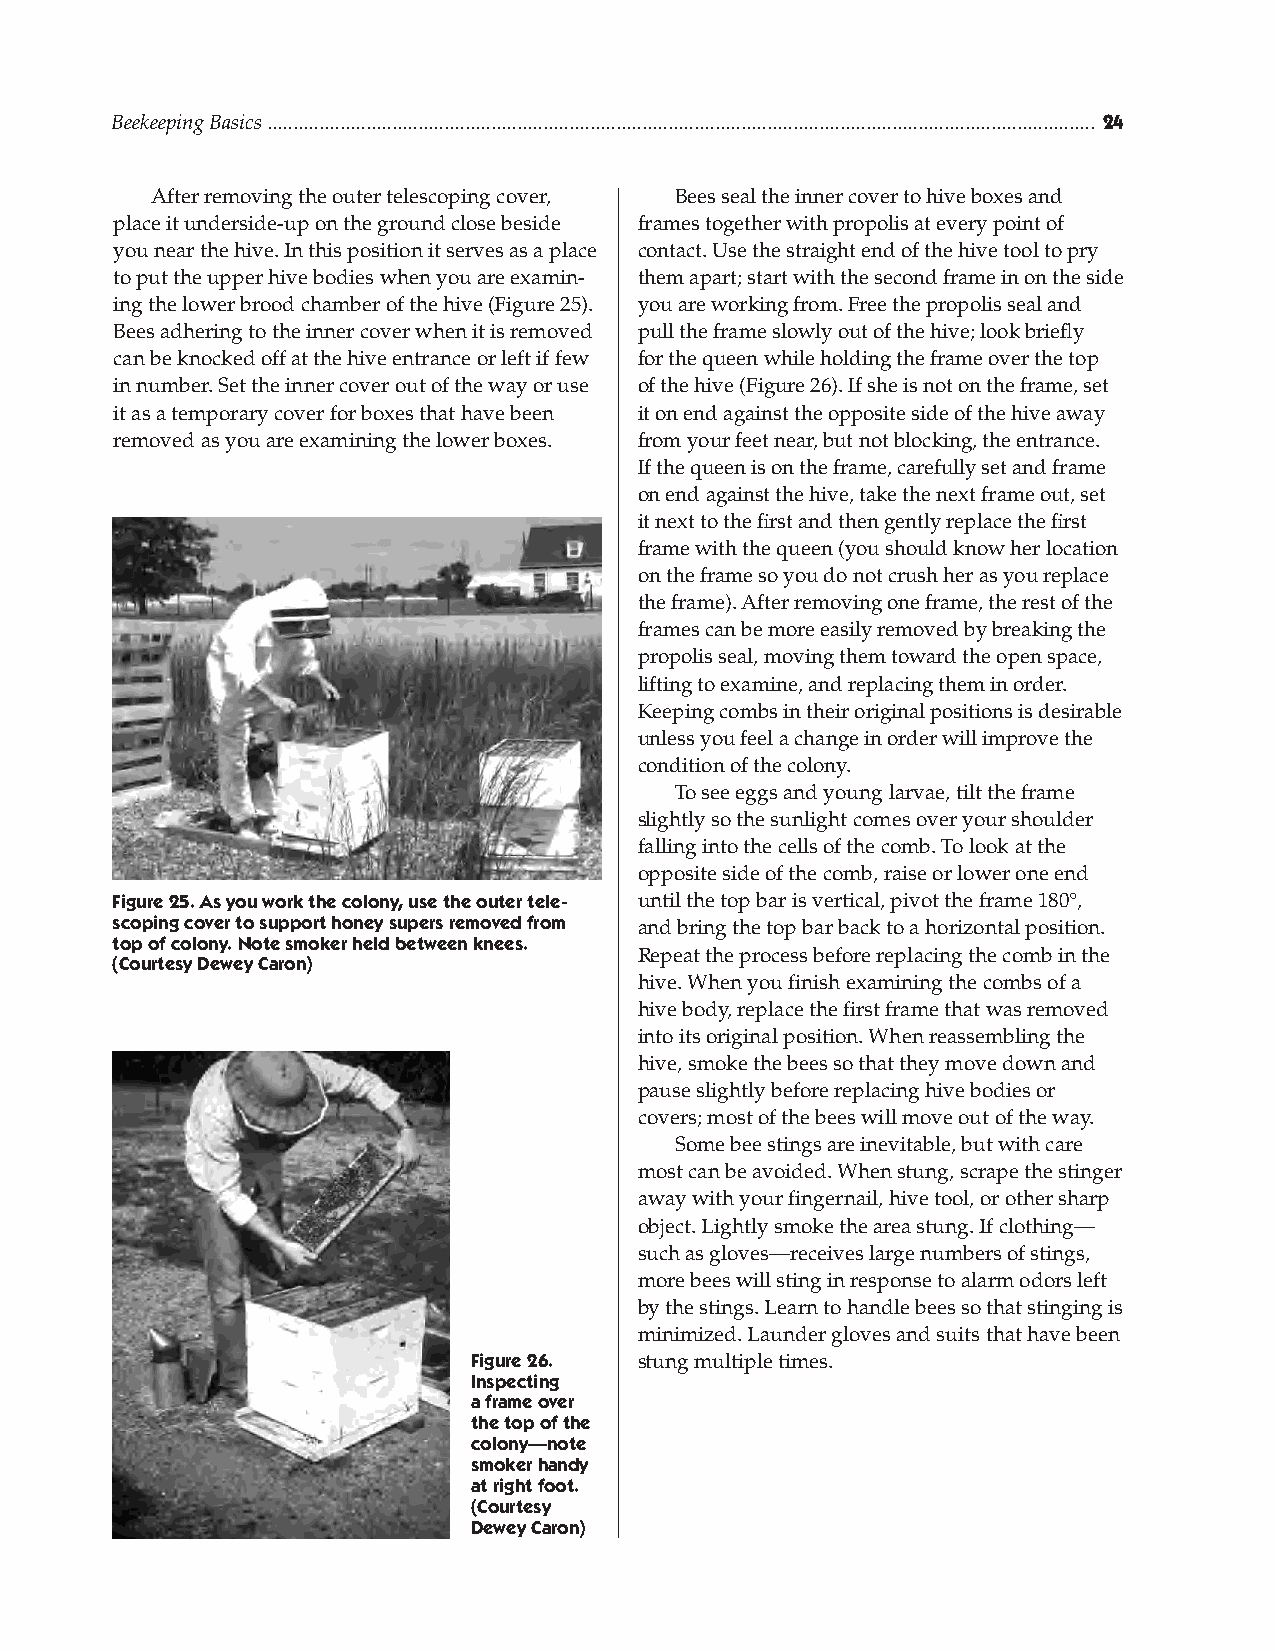
Beekeeping Basics ............................................................................................................................................................... 
 After removing the outer telescoping cover, Bees seal the inner cover to hive boxes and
 place it underside-up on the ground close beside frames together with propolis at every point of
 you near the hive. In this position it serves as a place contact. Use the straight end of the hive tool to pry
 to put the upper hive bodies when you are examin- them apart; start with the second frame in on the side
 ing the lower brood chamber of the hive (Figure 25). you are working from. Free the propolis seal and
 Bees adhering to the inner cover when it is removed pull the frame slowly out of the hive; look briefly
 can be knocked off at the hive entrance or left if few for the queen while holding the frame over the top
 in number. Set the inner cover out of the way or use of the hive (Figure 26). If she is not on the frame, set
 it as a temporary cover for boxes that have been it on end against the opposite side of the hive away
 removed as you are examining the lower boxes. from your feet near, but not blocking, the entrance.
 If the queen is on the frame, carefully set and frame
 on end against the hive, take the next frame out, set
 it next to the first and then gently replace the first
 frame with the queen (you should know her location
 on the frame so you do not crush her as you replace
 the frame). After removing one frame, the rest of the
 frames can be more easily removed by breaking the
 propolis seal, moving them toward the open space,
 lifting to examine, and replacing them in order.
 Keeping combs in their original positions is desirable
 unless you feel a change in order will improve the
 condition of the colony.
 To see eggs and young larvae, tilt the frame
 slightly so the sunlight comes over your shoulder
 falling into the cells of the comb. To look at the
 opposite side of the comb, raise or lower one end
 Figure 25. As you work the colony, use the outer tele- until the top bar is vertical, pivot the frame 180°,
 scoping cover to support honey supers removed from and bring the top bar back to a horizontal position.
 top of colony. note smoker held between knees.
 Repeat the process before replacing the comb in the
 (Courtesy Dewey Caron)
 hive. When you finish examining the combs of a
 hive body, replace the first frame that was removed
 into its original position. When reassembling the
 hive, smoke the bees so that they move down and
 pause slightly before replacing hive bodies or
 covers; most of the bees will move out of the way.
 Some bee stings are inevitable, but with care
 most can be avoided. When stung, scrape the stinger
 away with your fingernail, hive tool, or other sharp
 object. Lightly smoke the area stung. If clothing—
 such as gloves—receives large numbers of stings,
 more bees will sting in response to alarm odors left
 by the stings. Learn to handle bees so that stinging is
 minimized. Launder gloves and suits that have been
 Figure 26. stung multiple times.
 Inspecting
 a frame over
 the top of the
 colony—note
 smoker handy
 at right foot.
 (Courtesy
 Dewey Caron)